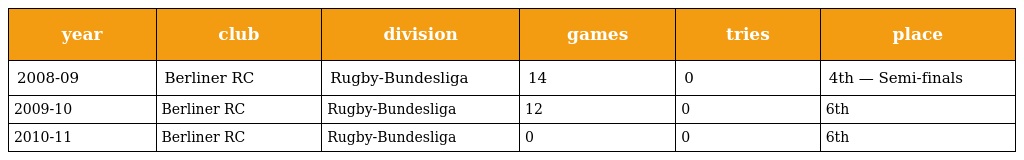
| year | club | division | games | tries | place |
 | --- | --- | --- | --- | --- | --- |
 | 2008-09 | Berliner RC | Rugby-Bundesliga | 14 | 0 | 4th — Semi-finals |
 | 2009-10 | Berliner RC | Rugby-Bundesliga | 12 | 0 | 6th |
 | 2010-11 | Berliner RC | Rugby-Bundesliga | 0 | 0 | 6th |